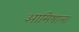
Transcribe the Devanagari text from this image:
आमिषाला